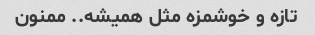
تازه و خوشمزه مثل همیشه.. ممنون